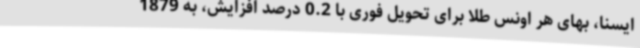
ایسنا، بهای هر اونس طلا برای تحویل فوری با 0.2 درصد افزایش، به 1879